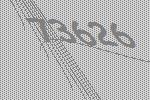
73626